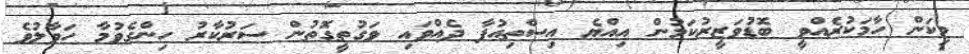
މިކަން ހާމަކުރެއްވީ ބޮޑުވަޒީރުކަމުން އިއްޔެ އިސްތިއުފާ ދެއްވައި ވަގުތީގޮތުން ސަރުކާރު ހިންގެވުމާ ހަވާލުވެ